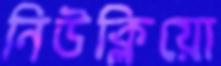
নিউক্লিয়ো